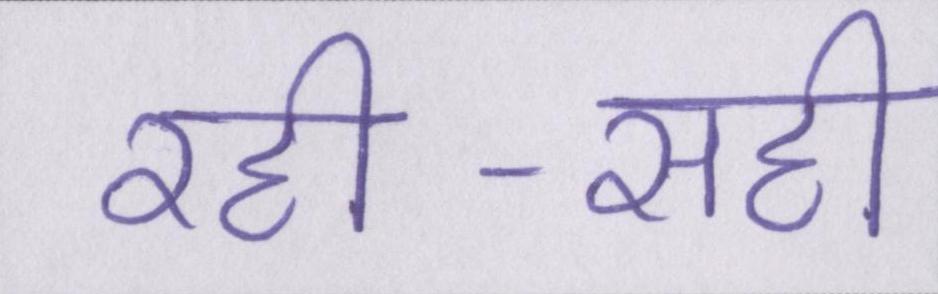
रही-सही